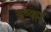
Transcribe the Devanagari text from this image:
इप्का